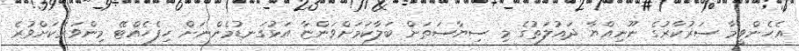
އެހެންވީމާ ސަރުކާރުގެ ނޫނިއްޔާ ދައުލަތުގެ މި ސިޔާސަތަށް ބަލާކަމަށްވަންޏާ އަޅުގަނޑުމެންނަށް ހިފެހެއްޓޭ މިންވަރަކަށްވުރެ